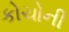
કોચોની